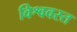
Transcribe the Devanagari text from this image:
विश्ववस्त